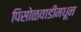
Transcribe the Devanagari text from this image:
पिसोळवाडीमधून